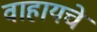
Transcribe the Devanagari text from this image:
वाहायचे